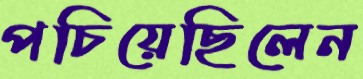
পচিয়েছিলেন